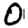
Digit: 0